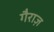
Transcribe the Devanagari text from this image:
गैराज़